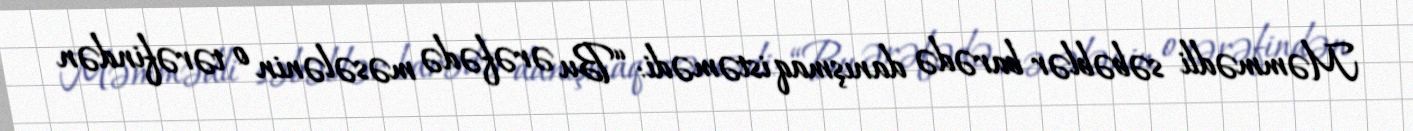
Məmmədli səbəblər barədə danışmaq istəmədi: “Bu ərəfədə məsələnin o tərəfindən